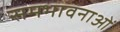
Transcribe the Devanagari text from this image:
समभावनाओं